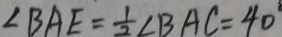
\angle B A E = \frac { 1 } { 2 } \angle B A C = 4 0